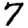
Digit: 7